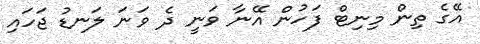
އޭގެ ތިން މިނިޓް ފަހުން އޭނާ ވަނީ ދެ ވަނަ ލަނޑު ޖަހައި